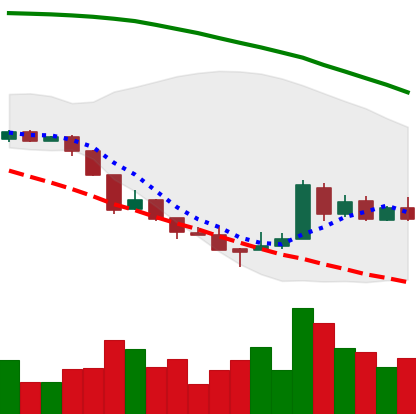
Ticker: XRP-USD
Chart end date: 2018-08-22
Forward return: 5.347%
Label: up_5_7